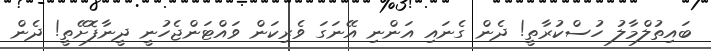
ބައިތުލްމާލު ހުސްކުރާތީ! ދެން ގެނައި އަންނި އޭނަގަ ވެރިކަން ވައްޓަންޖެހުނީ ދީނާފޮށޭތީ! ދެން